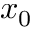
x _ { 0 }